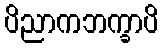
ပိညာကဘက္ခာပိ